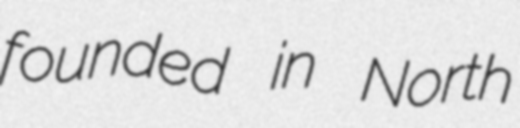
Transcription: founded in North